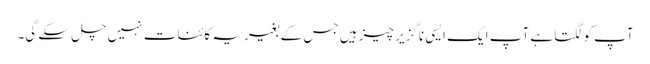
آپ کو لگتا ہے آپ ایک ایسی ناگزیر چیز ہیں جس کے بغیر یہ کائنات نہیں چل سکے گی۔